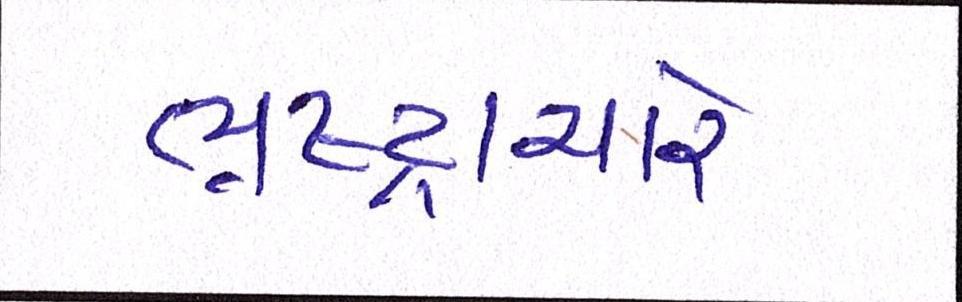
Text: ભ્રષ્ટ્રાચારે